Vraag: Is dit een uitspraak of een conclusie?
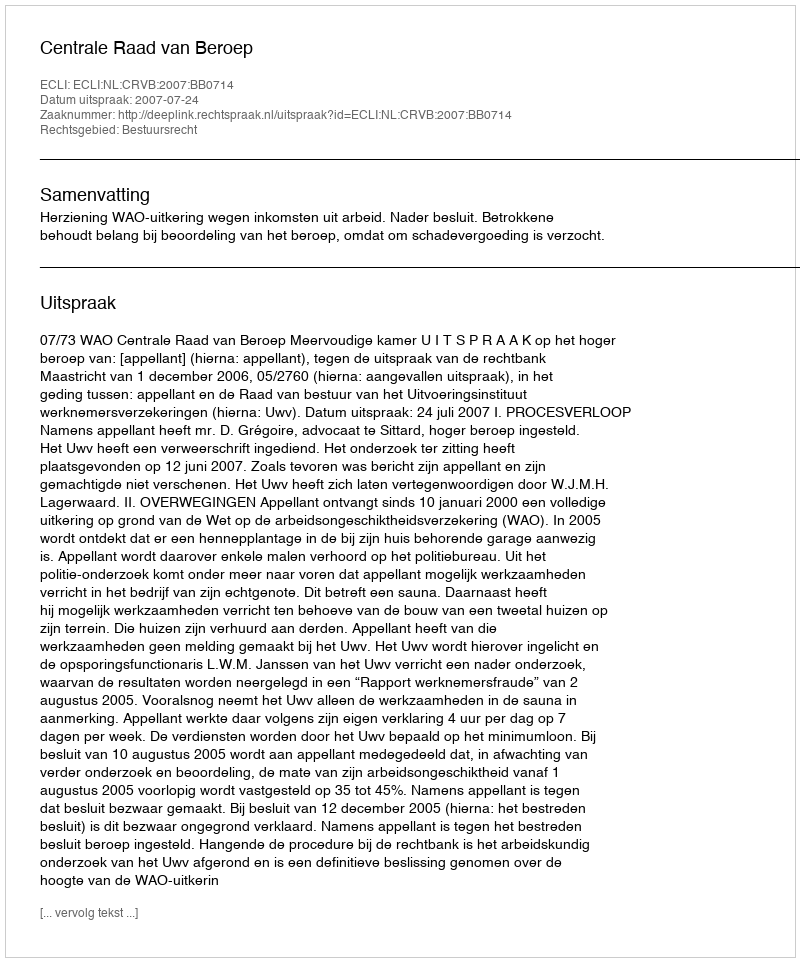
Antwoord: Uitspraak